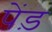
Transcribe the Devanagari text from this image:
पेंड़